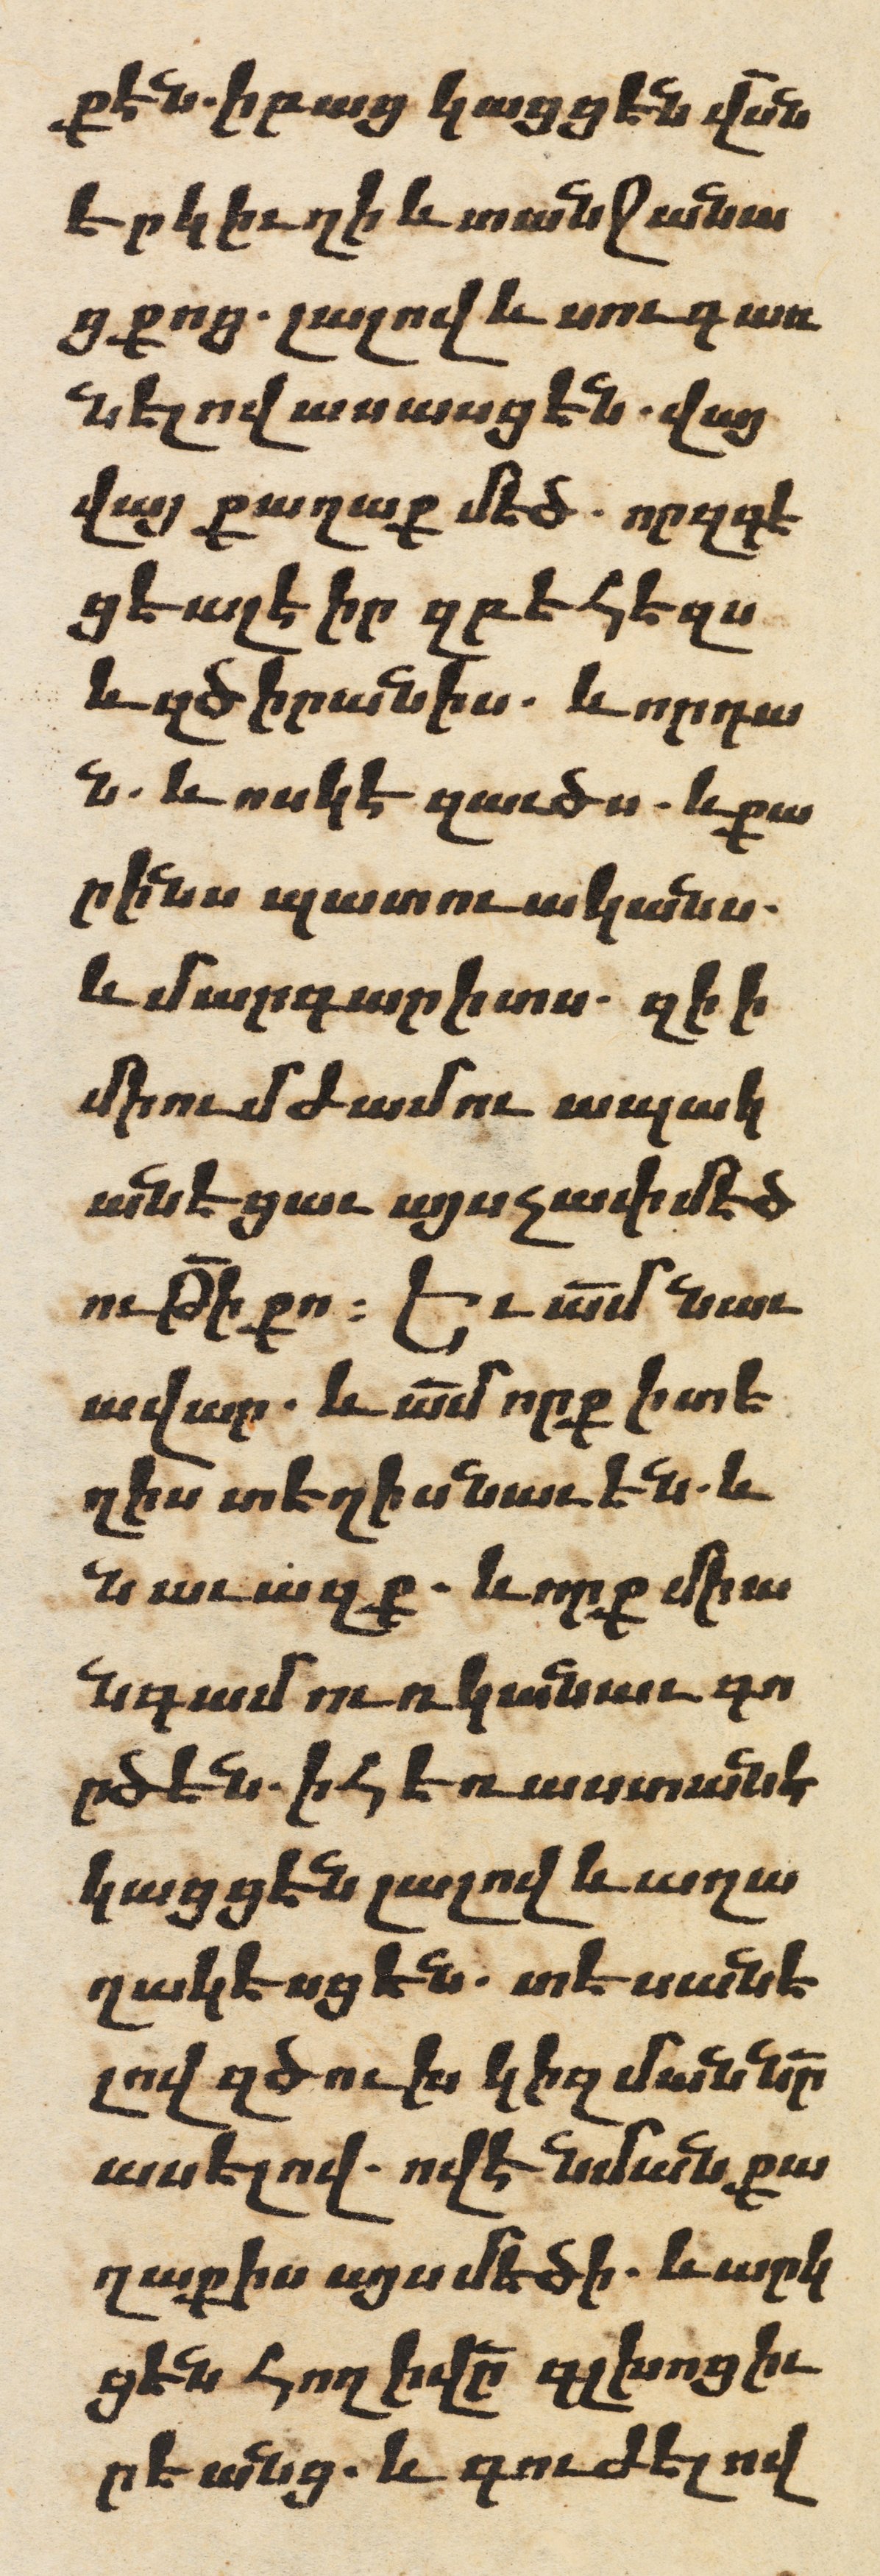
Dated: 1606–1606